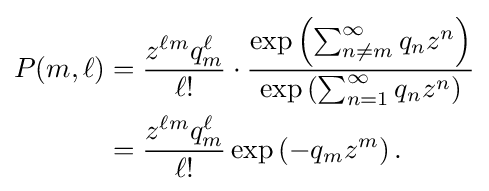
{\begin{aligned}P(m,\ell )&={\frac {z^{\ell m}q_{m}^{\ell }}{\ell !}}\cdot {\frac {\exp \left(\sum _{n\neq m}^{\infty }q_{n}z^{n}\right)}{\exp \left(\sum _{n=1}^{\infty }q_{n}z^{n}\right)}}\\&={\frac {z^{\ell m}q_{m}^{\ell }}{\ell !}}\exp \left(-q_{m}z^{m}\right).\end{aligned}}